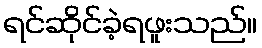
ရင်ဆိုင်ခဲ့ရဖူးသည်။